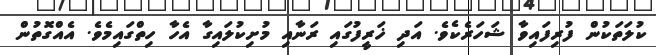
ކުލަތަކުން ފުރިފައިވާ ޝަހަރެކެވެ. އަދި ޚަރީފުގައި ރަނާއި މުށިކުލައިގާ އެހާ ހިތްގައިމެވެ. އެއްގޮތުން